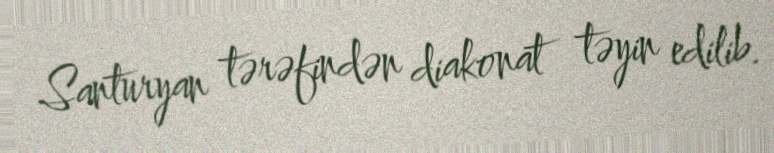
Santuryan tərəfindən diakonat təyin edilib.